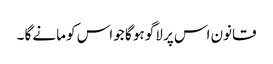
قانون اس پر لاگو ہو گا جو اس کو مانے گا ۔